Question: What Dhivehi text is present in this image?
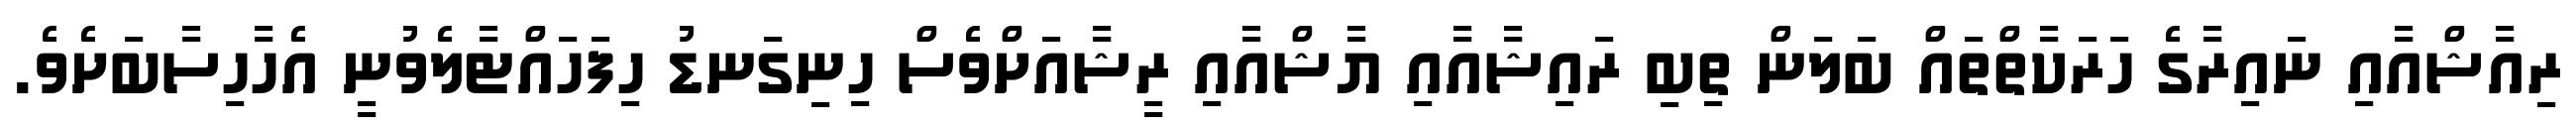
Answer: ރިއާޝްއާއި ނައިރާގެ ހަރަކާތްތައް ބަލަން ތިބި ރައިޝާއާއި ޔާޝްއާއި ރީޝާއަށްވެސް ހިނިގަނޑު ހިފަހައްޓާލެވުނީ އެހާހިސާބަށެވެ.